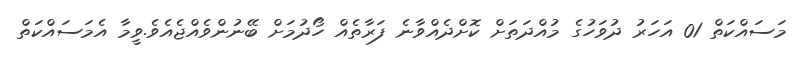
މަސައްކަތް 01 އަހަރު ދުވަހުގެ މުއްދަތަށް ކޮށްދެއްވާނެ ފަރާތެއް ހޯދުމަށް ބޭނުންވެއްޖެއެވެ.ވީމާ އެމަސައްކަތް